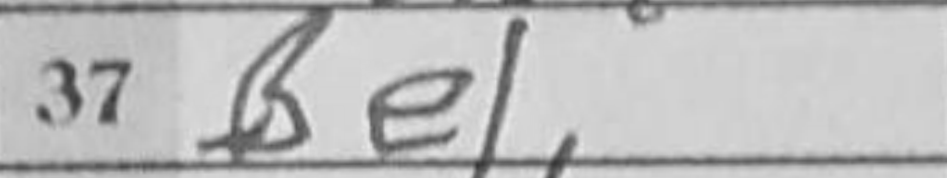
Transcription: Be1